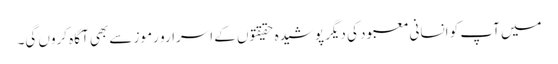
میں آپ کو انسانی معبود کی دیگر پوشیدہ حقیقتوں کے اسرارو رموز سے بھی آگاہ کروں گی۔